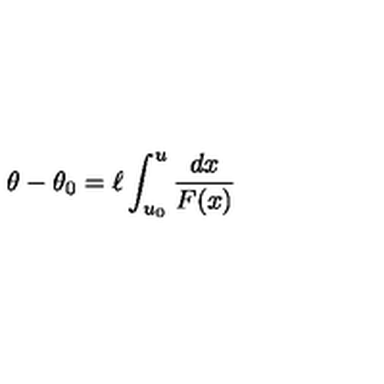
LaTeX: \theta - \theta _ { 0 } = \ell \int _ { u _ { 0 } } ^ { u } \frac { d x } { F ( x ) }